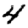
Digit: 4